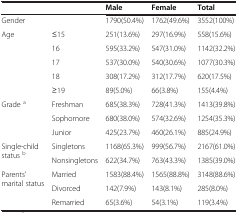
<table><thead><tr><td colspan="2"><b> </b></td><td><b>Male</b></td><td><b>Female</b></td><td><b>Total</b></td></tr></thead><tbody><tr><td colspan="2">Gender</td><td>1790(50.4%)</td><td>1762(49.6%)</td><td>3552(100%)</td></tr><tr><td>Age</td><td>≤15</td><td>251(13.6%)</td><td>297(16.9%)</td><td>558(15.6%)</td></tr><tr><td> </td><td>16</td><td>595(33.2%)</td><td>547(31.0%)</td><td>1142(32.2%)</td></tr><tr><td> </td><td>17</td><td>537(30.0%)</td><td>540(30.6%)</td><td>1077(30.3%)</td></tr><tr><td> </td><td>18</td><td>308(17.2%)</td><td>312(17.7%)</td><td>620(17.5%)</td></tr><tr><td> </td><td>≥19</td><td>89(5.0%)</td><td>66(3.8%)</td><td>155(4.4%)</td></tr><tr><td>Grade <sup>a</sup></td><td>Freshman</td><td>685(38.3%)</td><td>728(41.3%)</td><td>1413(39.8%)</td></tr><tr><td> </td><td>Sophomore</td><td>680(38.0%)</td><td>574(32.6%)</td><td>1254(35.3%)</td></tr><tr><td> </td><td>Junior</td><td>425(23.7%)</td><td>460(26.1%)</td><td>885(24.9%)</td></tr><tr><td>Single-child status <sup>b</sup></td><td>Singletons</td><td>1168(65.3%)</td><td>999(56.7%)</td><td>2167(61.0%)</td></tr><tr><td> </td><td>Nonsingletons</td><td>622(34.7%)</td><td>763(43.3%)</td><td>1385(39.0%)</td></tr><tr><td>Parents’ marital status</td><td>Married</td><td>1583(88.4%)</td><td>1565(88.8%)</td><td>3148(88.6%)</td></tr><tr><td> </td><td>Divorced</td><td>142(7.9%)</td><td>143(8.1%)</td><td>285(8.0%)</td></tr><tr><td> </td><td>Remarried</td><td>65(3.6%)</td><td>54(3.1%)</td><td>119(3.4%)</td></tr></tbody></table>